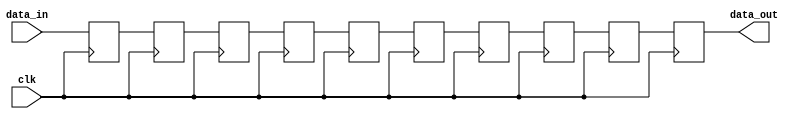
//author:  ,  - ...
//A long time ago in a galaxy far, far away...
`timescale 1ns / 1ns
module delay_rg
   #(parameter W = 16,         //     
     parameter D = 10)         // 
   (
    input clk,
	input [W-1:0] data_in,     //  
    output [W-1:0] data_out);   //  


	reg [W-1:0] rg [0:D-1]; 
	always @ (posedge clk ) begin : delay_line
	integer i;
		begin
		    rg[0] <= data_in;
			for(i=0; i<(D-1); i=i+1)
				rg[i+1] <= rg[i];
		end
	end

	assign data_out = rg[D-1];
	
endmodule